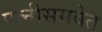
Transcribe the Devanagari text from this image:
पत्‍नीसमवेत